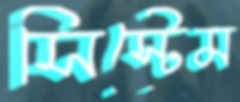
সিস্টেম